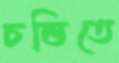
চন্ডিতে